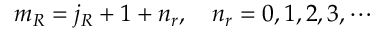
m _ { R } = j _ { R } + 1 + n _ { r } , \quad n _ { r } = 0 , 1 , 2 , 3 , \cdots